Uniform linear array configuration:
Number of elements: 12
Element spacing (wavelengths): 0.5
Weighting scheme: uniform
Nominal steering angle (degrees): -45
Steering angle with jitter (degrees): -43.355
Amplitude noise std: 0.05
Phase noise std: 0.05

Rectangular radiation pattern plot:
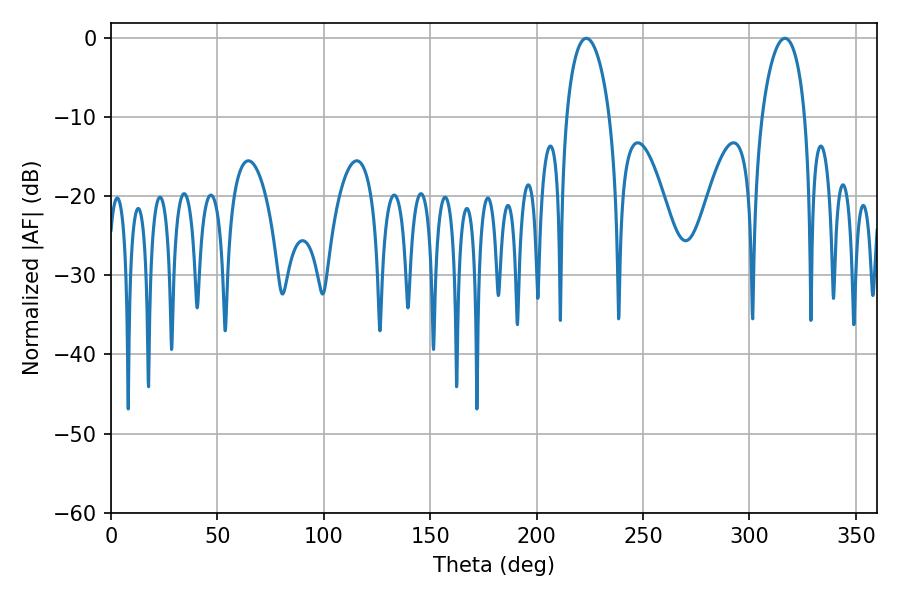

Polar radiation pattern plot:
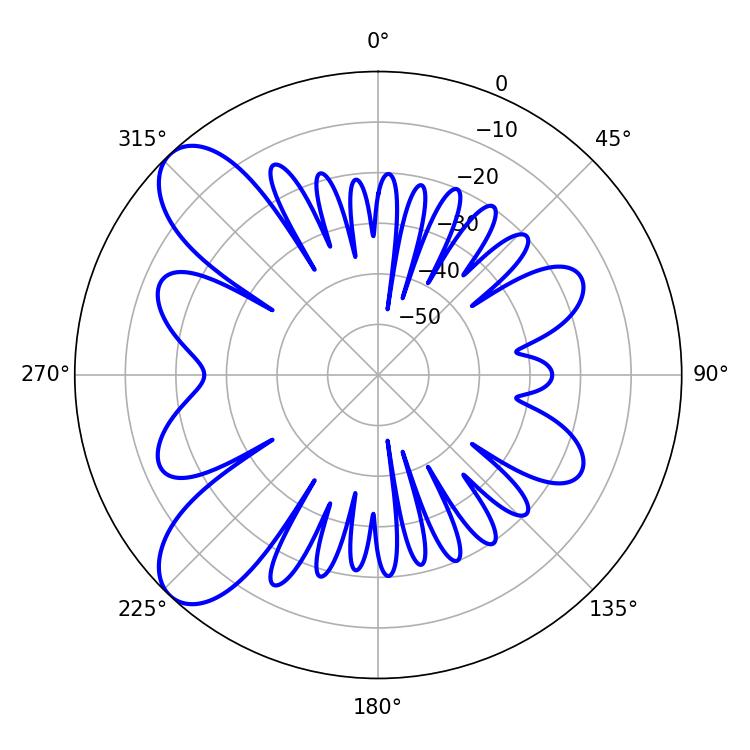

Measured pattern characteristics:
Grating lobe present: FALSE
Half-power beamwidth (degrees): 11.52
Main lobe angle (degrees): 223.38